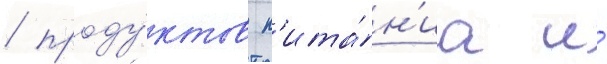
/ проду́ктов п'ита́н'иа и́